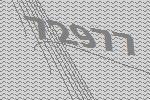
72977